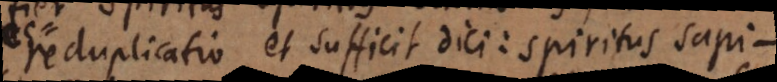
reduplicatio, et sufficit dici: spiritus sapi